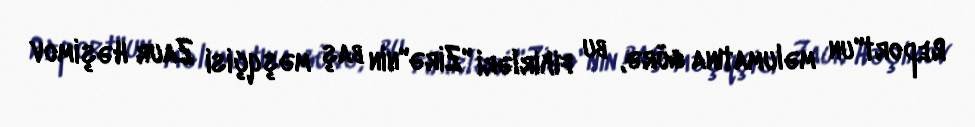
Report"un məlumatına görə, bu fikirləri "Zirə"nin baş məşqçisi Zaur Həşimov